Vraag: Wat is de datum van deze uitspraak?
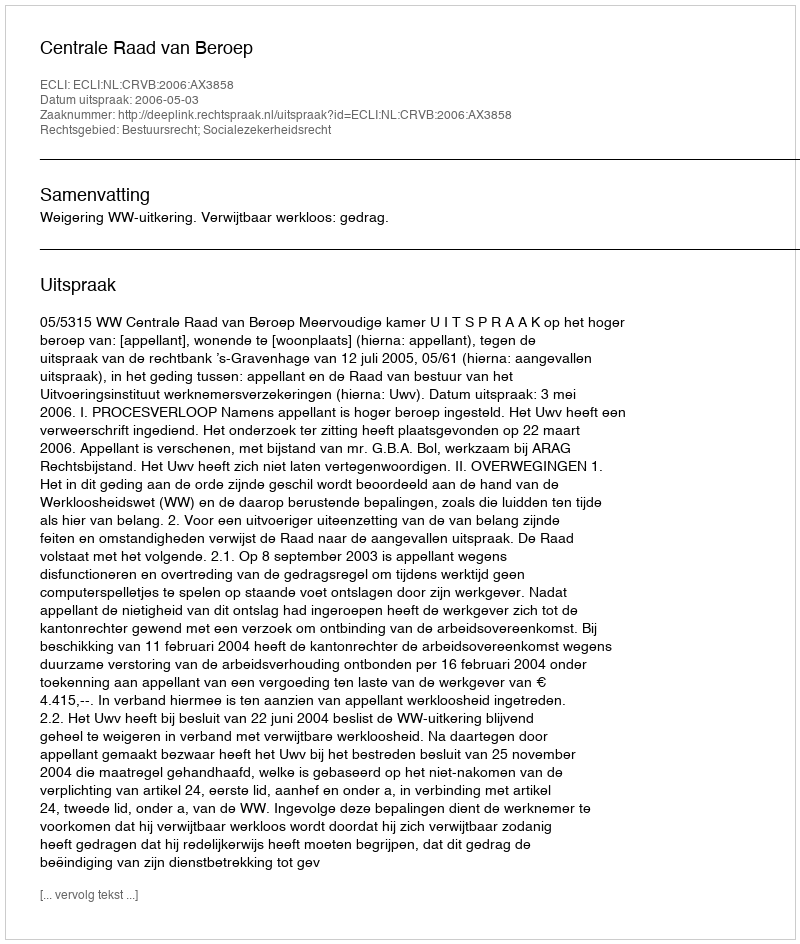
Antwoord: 2006-05-03